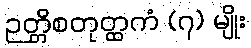
ဉတ္တိစတုတ္ထကံ (၇) မျိုး